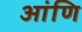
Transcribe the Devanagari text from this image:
आंणि